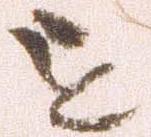
を